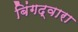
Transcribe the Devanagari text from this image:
बिंगद्वारा